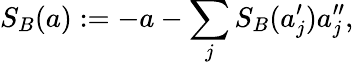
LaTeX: S_{B}(a):=-a-\sum_{j}S_{B}(a_{j}^{\prime})a_{j}^{\prime\prime},